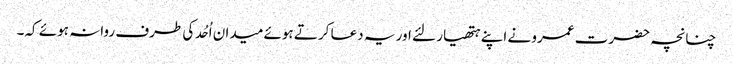
چنانچہ حضرت عمرو نے اپنے ہتھیار لئے اور یہ دعا کرتے ہوئے میدان اُحُد کی طرف روانہ ہوئے کہ۔